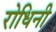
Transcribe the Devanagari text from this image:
रोधिनी